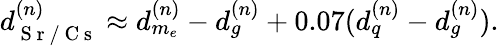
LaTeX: \begin{array}{r}{d_{\mathrm{~S~r~/~C~s~}}^{(n)}\approx d_{m_{e}}^{(n)}-d_{g}^{(n)}+0.07(d_{q}^{(n)}-d_{g}^{(n)}).}\end{array}